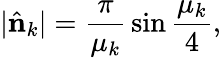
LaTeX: |\hat{\mathbf n}_{k}|={\frac{\pi}{\mu_{k}}}\sin{\frac{\mu_{k}}{4}},